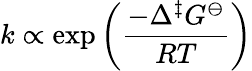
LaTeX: k\propto\exp\left({\frac{-\Delta^{\ddagger}G^{\ominus}}{RT}}\right)